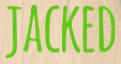
JACKED